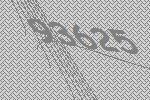
93625